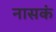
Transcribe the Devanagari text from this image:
नासकं